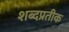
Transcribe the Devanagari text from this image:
शब्दप्रतीक